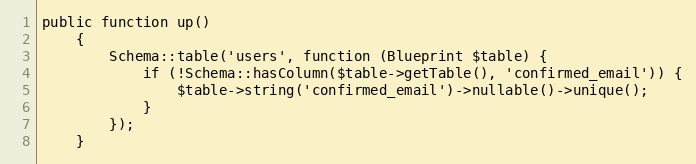
Language: PHP
public function up()
    {
        Schema::table('users', function (Blueprint $table) {
            if (!Schema::hasColumn($table->getTable(), 'confirmed_email')) {
                $table->string('confirmed_email')->nullable()->unique();
            }
        });
    }